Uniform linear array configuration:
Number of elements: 8
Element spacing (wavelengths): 0.5
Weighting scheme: cosine
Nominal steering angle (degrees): -45
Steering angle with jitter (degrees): -44.565
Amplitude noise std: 0.05
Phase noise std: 0.05

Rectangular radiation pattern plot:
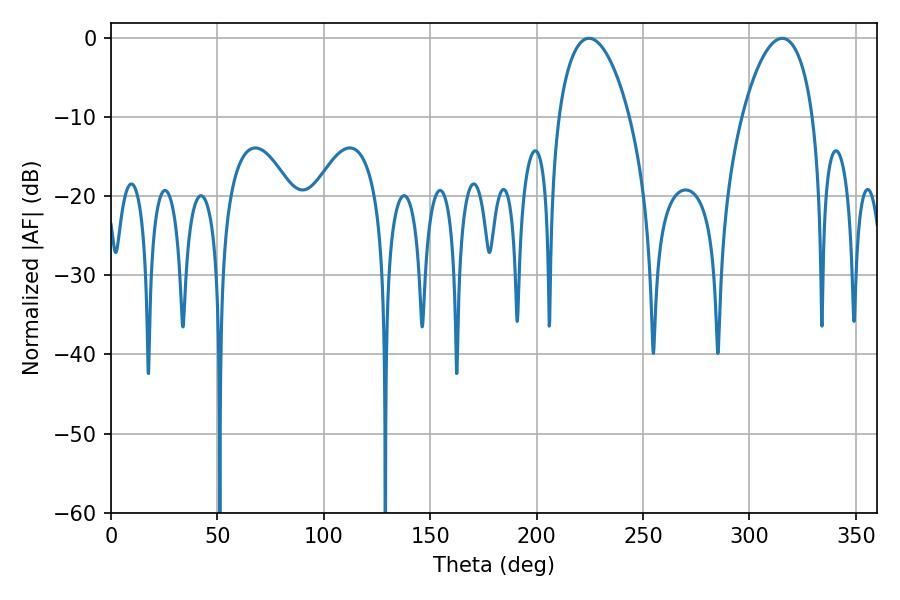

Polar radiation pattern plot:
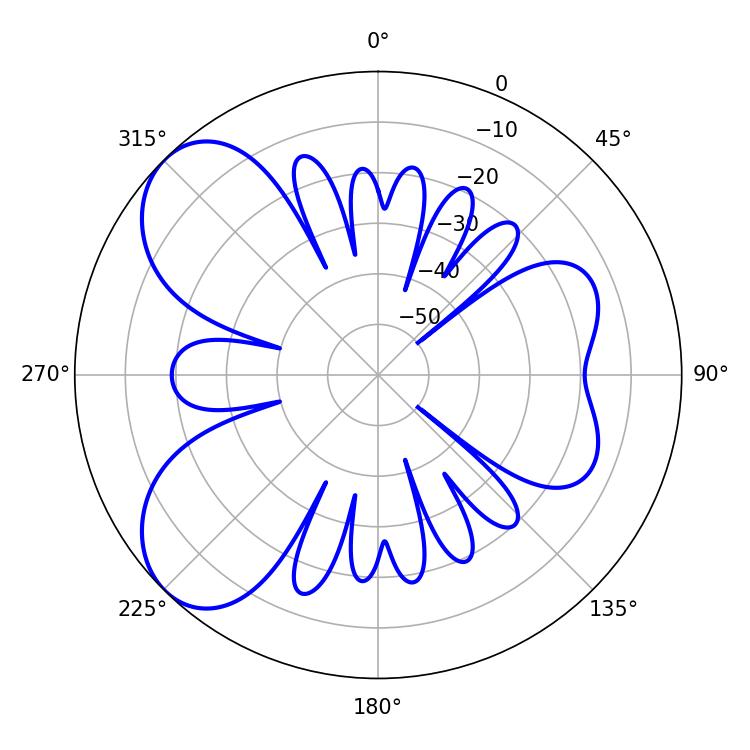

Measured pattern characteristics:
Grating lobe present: FALSE
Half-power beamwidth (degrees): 18.72
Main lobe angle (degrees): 224.64